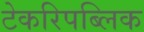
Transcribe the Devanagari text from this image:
टेकरिपब्लिक